Taavet_Bergmanni_abiraha_sihtasutus, lk 21
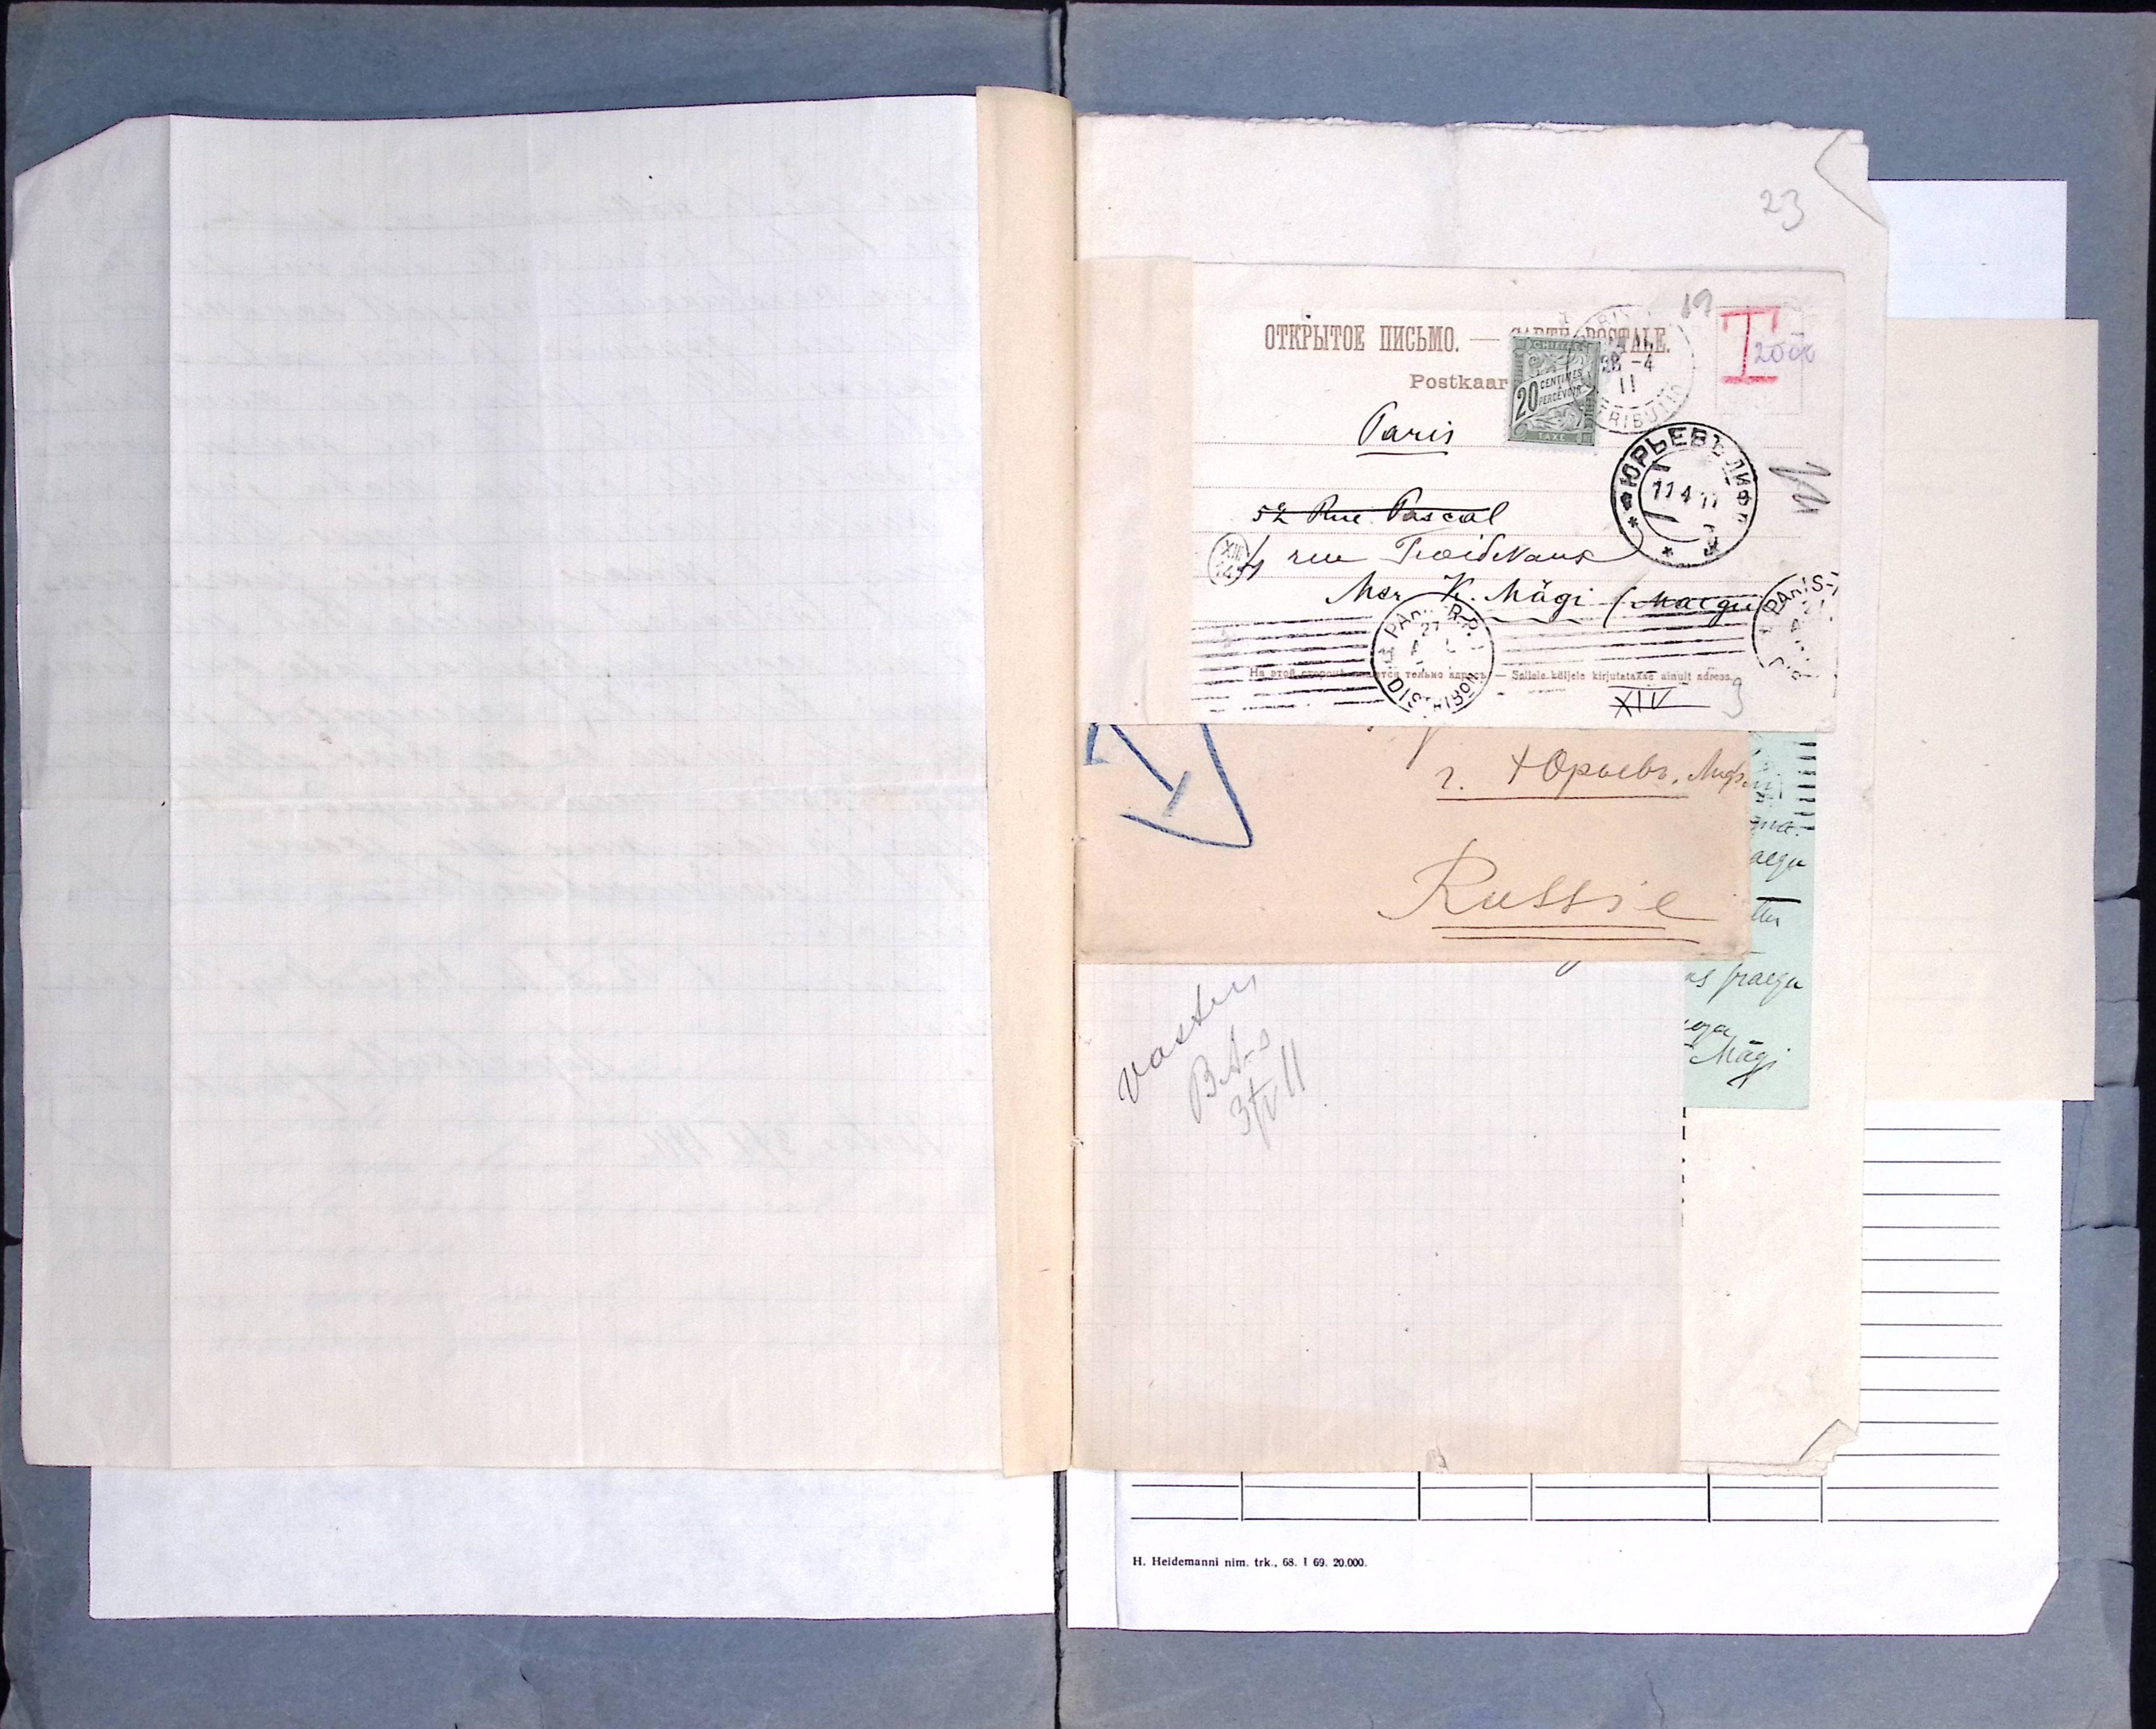
19
Postkaar
Paris
52 Rue Pascal
4 rue Troidevaux
Mar K. Mägi / Maegu
Sellele küljele kirjutatakse ainult adress.
XIV

23